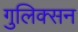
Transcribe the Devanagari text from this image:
गुलिक्सन